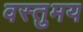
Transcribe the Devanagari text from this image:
वस्तुमय